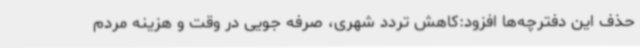
حذف این دفترچه‌ها افزود:کاهش تردد شهری، صرفه جویی در وقت و هزینه مردم